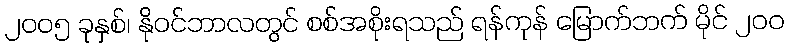
၂၀၀၅ ခုနှစ်၊ နိုဝင်ဘာလတွင် စစ်အစိုးရသည် ရန်ကုန် မြောက်ဘက် မိုင် ၂၀၀